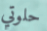
حلوتي